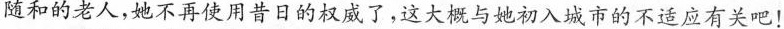
随和的老人，她不再使用昔日的权威了，这大概与她初入城市的不适应有关吧！